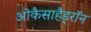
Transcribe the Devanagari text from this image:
ओकैसाहैड्रॉन